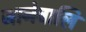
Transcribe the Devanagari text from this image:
जानेवालि